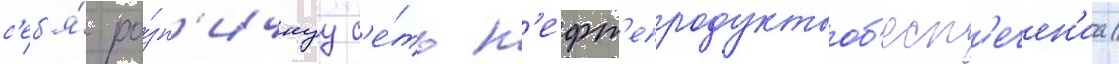
с'еб'я́ ро́зн'ичнуу с'е́ть н'ефт'епродуктооб'есп'ечен'иа